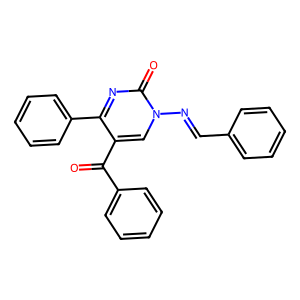
SMILES: O=C(c1ccccc1)c1cn(N=Cc2ccccc2)c(=O)nc1-c1ccccc1
Inhibits HIV replication: No